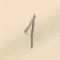
1